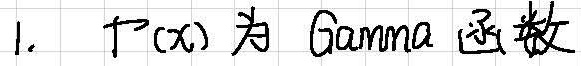
1. $\Gamma(x)$ 为 Gamma 函数